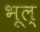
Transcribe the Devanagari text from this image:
भूल्